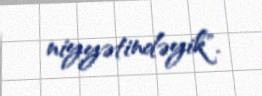
niyyətindəyik".